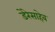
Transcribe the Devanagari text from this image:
डेरेसाहेब